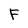
Character: F